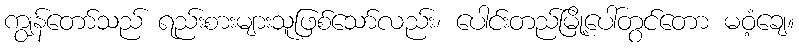
ကျွန်တော်သည် ရည်းစားများသူဖြစ်သော်လည်း၊ ပေါင်းတည်မြို့ပေါ်တွင်တော မဝံ့ချေ။